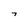
Character: 7